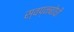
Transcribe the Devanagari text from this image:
स्वप्नबोधी